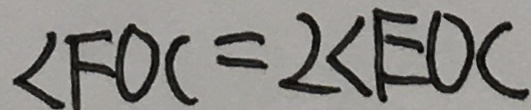
\angle F O C = 2 \angle E O C